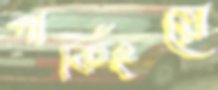
পার্কিংয়ে